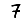
Digit: 7